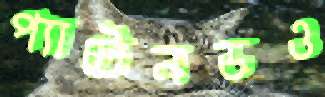
প্যাটেনডও